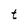
Character: t